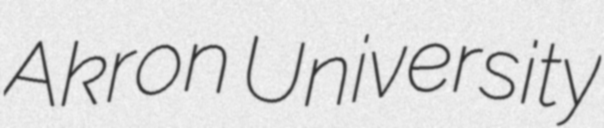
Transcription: Akron University